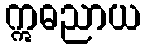
ဣဓညာယ